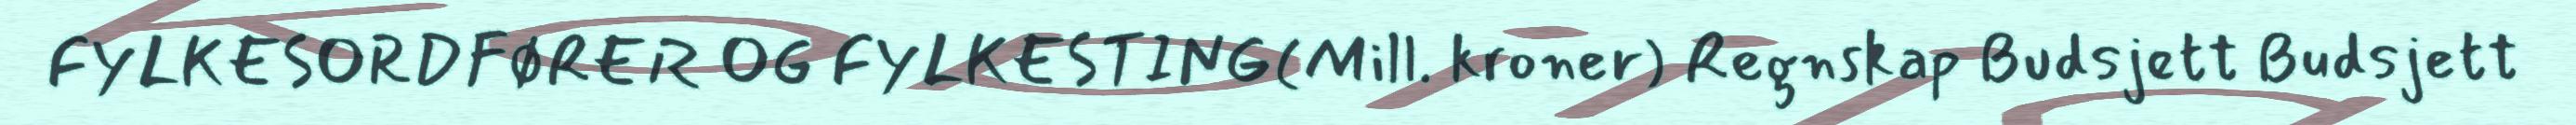
FYLKESORDFØRER OG FYLKESTING(Mill. kroner) Regnskap Budsjett Budsjett